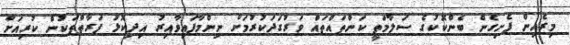
މިރެއިން ފެށިގެން ބެންކޮކުގެ ސަލާމަތީ ކަންތައްތައް ވަރުގަދަކުރުމަށް ނިންމާފައިވާއިރު އިދިކޮޅު ފަރާތްތަކުން ކުރިއަށް